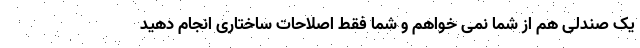
یک صندلی هم از شما نمی خواهم و شما فقط اصلاحات ساختاری انجام دهید